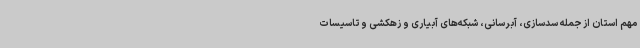
مهم استان از جمله سدسازی، آبرسانی، شبکه‌های آبیاری و زهکشی و تاسیسات